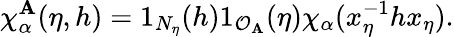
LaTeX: \chi_{\alpha}^{\mathbf{A}}(\eta,h)=1_{N_{\eta}}(h)1_{\mathcal{{O}}_{\mathbf{A}}}(\eta)\chi_{\alpha}(x_{\eta}^{-1}hx_{\eta}).